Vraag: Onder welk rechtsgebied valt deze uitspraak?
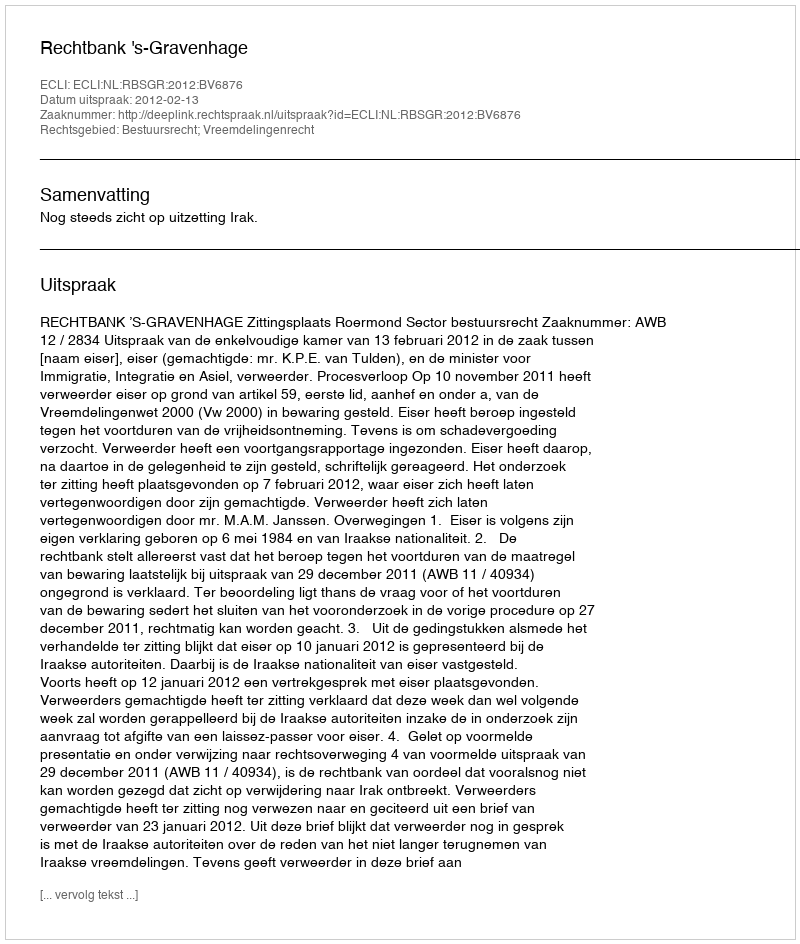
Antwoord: Bestuursrecht; Vreemdelingenrecht